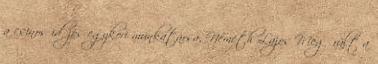
a csi­nos idő­jós egy­kori mun­ka­társa, Né­meth Lajos Megőrült a